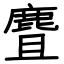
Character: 麆